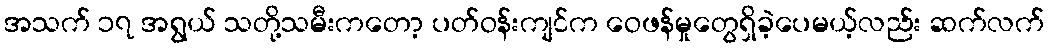
အသက် ၁၇ အရွယ် သတို့သမီးကတော့ ပတ်ဝန်းကျင်က ဝေဖန်မှုတွေရှိခဲ့ပေမယ့်လည်း ဆက်လက်